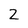
Character: 2